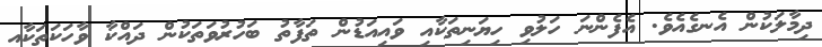
ދިމާލަކުން އެނގެއެވެ. އެފެންނަ ހަލުވި ހިޔަނިތަކާއި ވައިއަޑުން ތަފާތު ބަހުރުވަތަކުން ދައްކާ ވާހަކަތަކާއި